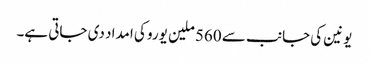
یونین کی جانب سے 560 ملین یورو کی امداد دی جاتی ہے۔